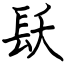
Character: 镺